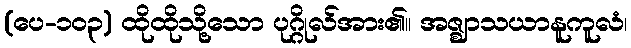
(ပေ-၁၀၃) ထိုထိုသို့သော ပုဂ္ဂိုလ်အား၏။ အဇ္ဈာသယာနူကူလံ၊